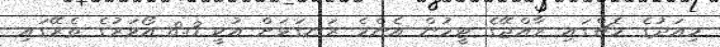
މިއަދުގެ މެޗްގައި ރާއްޖޭގެ ޓީމުން އެންމެ ރަނގަޅަށް އުކީ 8.3 އޯވަރުގެ ތެރޭގައި